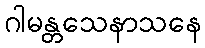
ဂါမန္တသေနာသနေ